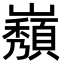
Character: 𡾫